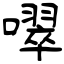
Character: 噿